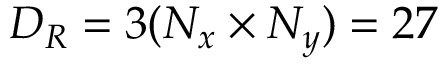
D _ { R } = 3 ( N _ { x } \times N _ { y } ) = 2 7